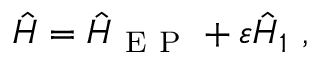
\hat { H } = \hat { H } _ { \mathrm { ~ E ~ P ~ } } + \varepsilon \hat { H } _ { 1 } \ ,